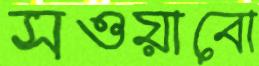
সওয়াবো